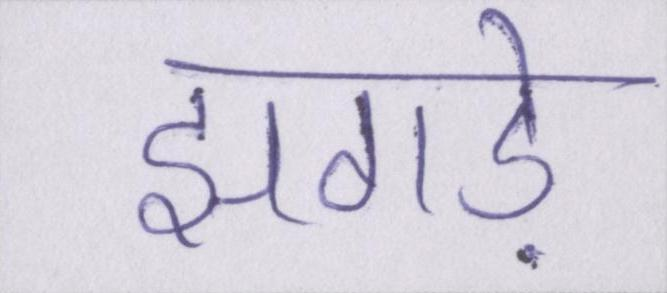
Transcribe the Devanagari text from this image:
झगड़े